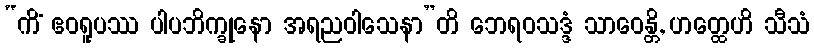
“ကိံ ဧဝရူပဿ ပါပဘိက္ခုနော အရညဝါသေနာ”တိ ဘေရဝသဒ္ဒံ သာဝေန္တိ, ဟတ္ထေဟိ သီသံ